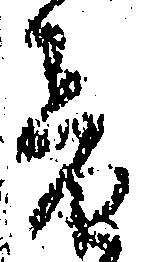
音